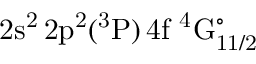
\mathrm { 2 s ^ { 2 } \, 2 p ^ { 2 } ( ^ { 3 } P ) \, 4 f ~ ^ { 4 } G _ { 1 1 / 2 } ^ { \circ } }